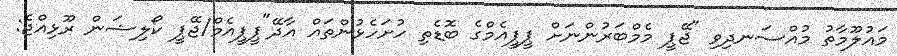
މައުލޫމާތު މުއްސަނދިވި "ޖޭޕީ މެމްބަރުންނަށް ޕީޕީއެމްގެ ބޮޑެތި ހުށަހެޅުންތައް އާދޭ"ޕީޕީއެމް/ޖޭޕީ ކޯލިޝަން ރޫޅިއްޖެ: